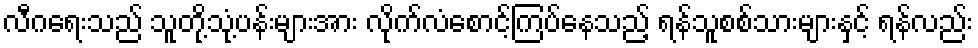
လီဂရေးသည် သူတို့သုံ့ပန်းများအား လိုက်လံစောင့်ကြပ်နေသည့် ရန်သူစစ်သားများနှင့် ရန်လည်း